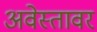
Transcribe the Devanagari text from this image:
अवेस्तावर